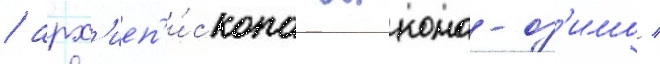
/ арх'иеп'и́скопа анкона-оз'имо /